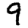
Digit: 9